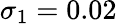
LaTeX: \sigma_{1}=0.02